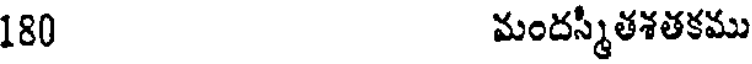
180 మందస్మీతశతకము